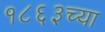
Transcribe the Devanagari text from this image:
१८६३च्या